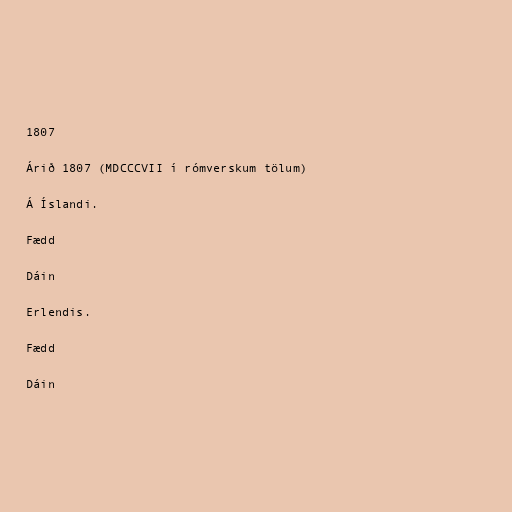
1807

Árið 1807 (MDCCCVII í rómverskum tölum)

Á Íslandi.

Fædd

Dáin

Erlendis.

Fædd

Dáin